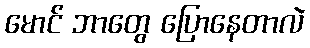
မောင် ဘာတွေ ပြောနေတာလဲ